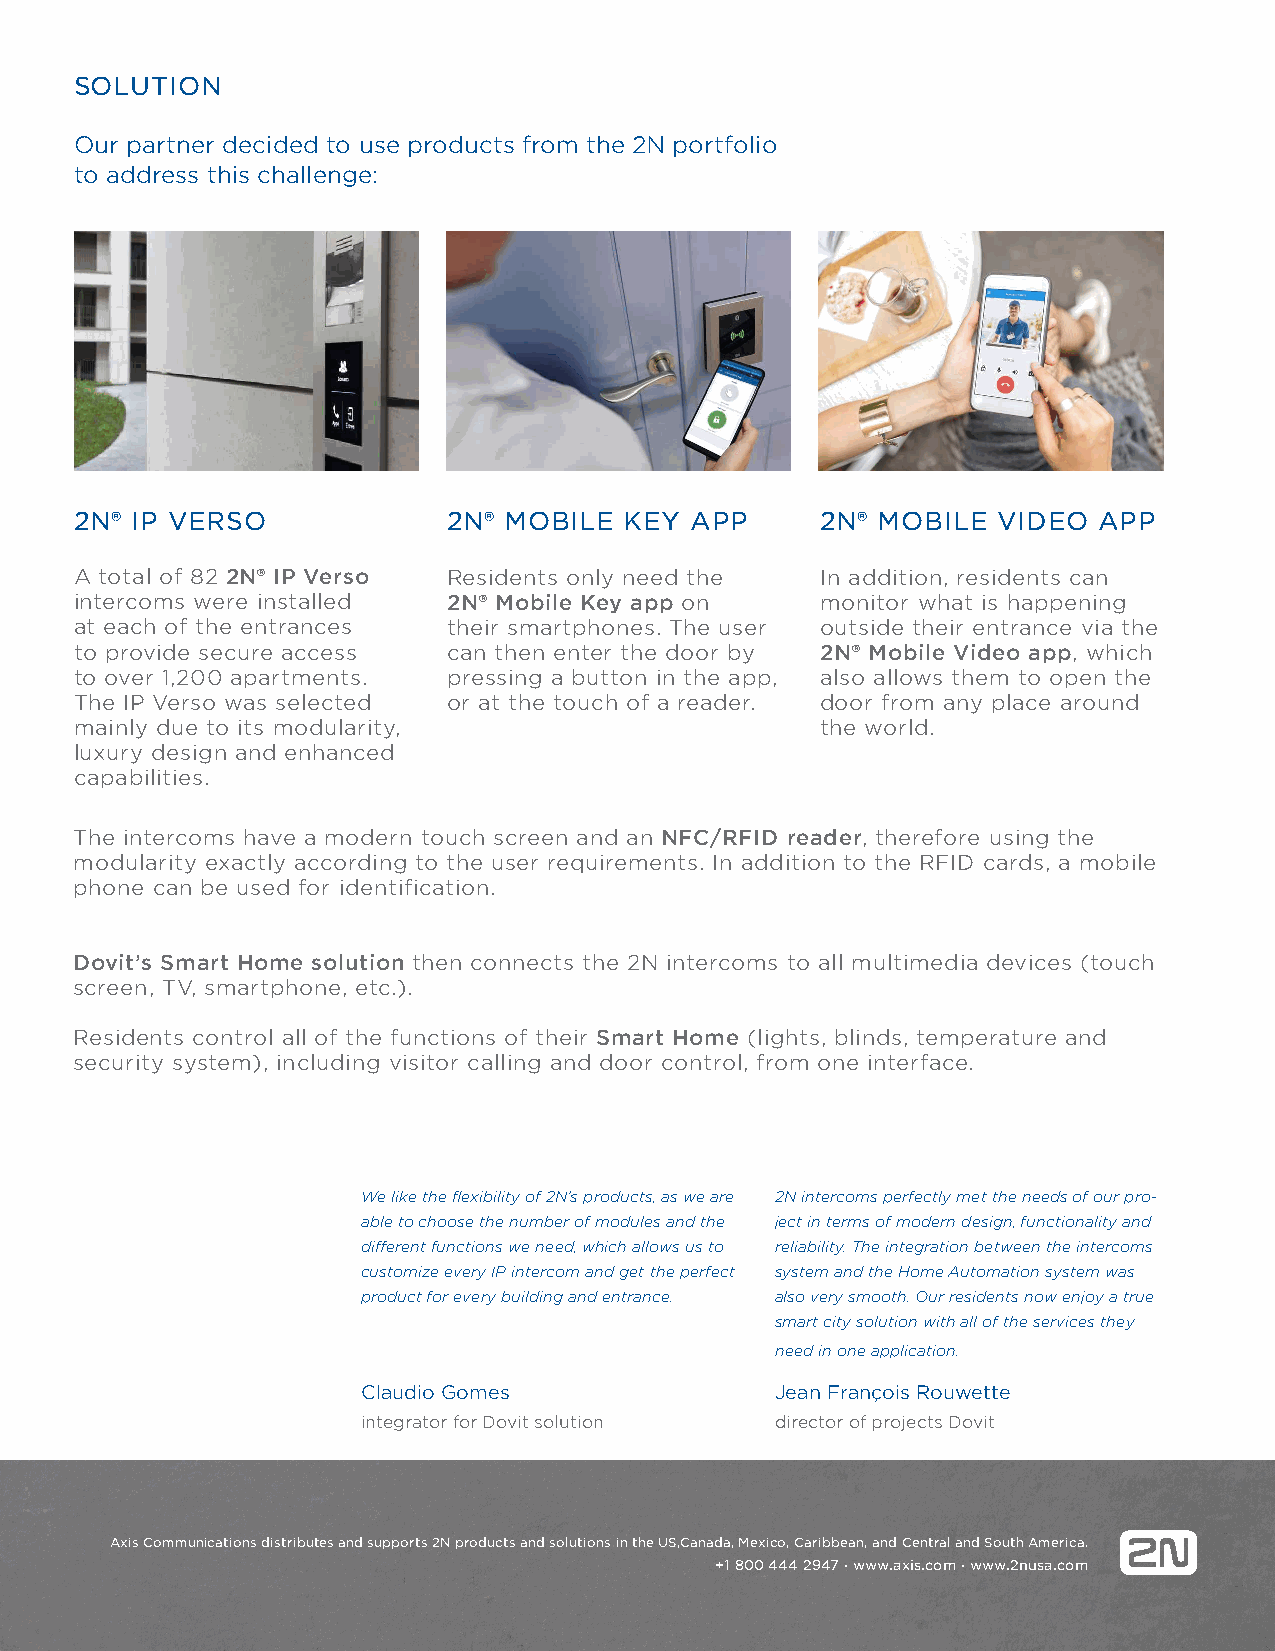
SOLUTION
 Our partner decided to use products from the 2N portfolio
 to address this challenge:
 2N® IP VERSO             2N® MOBILE KEY  APP     2N® MOBILE  VIDEO  APP
 A total of 82 2N® IP Verso Residents only need the In addition, residents can
 intercoms were installed 2N® Mobile Key app on   monitor what is happening
 at each of the entrances their smartphones. The user outside their entrance via the
 to provide secure access can then enter the door by 2N® Mobile Video app, which
 to over 1,200 apartments. pressing a button in the app, also allows them to open the
 The IP Verso was selected or at the touch of a reader. door from any place around
 mainly due to its modularity,                    the world.
 luxury design and enhanced
 capabilities.
 The intercoms have a modern touch screen and an NFC/RFID reader, therefore using the
 modularity exactly according to the user requirements. In addition to the RFID cards, a mobile
 phone can be used for identification.
 Dovit’s Smart Home solution then connects the 2N intercoms to all multimedia devices (touch
 screen, TV, smartphone, etc.).
 Residents control all of the functions of their Smart Home (lights, blinds, temperature and
 security system), including visitor calling and door control, from one interface.
 We like the flexibility of 2N’s products, as we are 2N intercoms perfectly met the needs of our pro-
 able to choose the number of modules and the ject in terms of modern design, functionality and
 different functions we need, which allows us to reliability. The integration between the intercoms
 customize every IP intercom and get the perfect system and the Home Automation system was
 product for every building and entrance. also very smooth. Our residents now enjoy a true
 smart city solution with all of the services they
 need in one application.
 Claudio Gomes              Jean François Rouwette
 integrator for Dovit solution director of projects Dovit
 Axis Communications distributes and supports 2N products and solutions in the US,Canada, Mexico, Caribbean, and Central and South America.
 +1 800 444 2947 ∙ www.axis.com ∙ www.2nusa.com